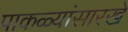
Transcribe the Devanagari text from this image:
पाकळ्यांसारखे